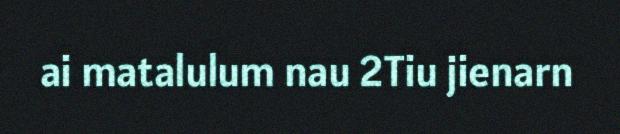
ai matalulum nau 2Tiu jienarn